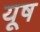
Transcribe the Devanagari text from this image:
यूष